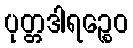
ပုတ္တဒါရဉ္စေဝ